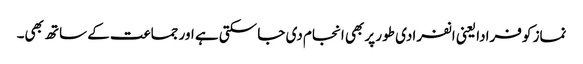
نماز کو فرادا یعنی انفرادی طور پر بھی انجام دی جا سکتی ہے اور جماعت کے ساتھ بھی۔